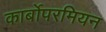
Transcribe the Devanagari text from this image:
कार्बोपरमियन